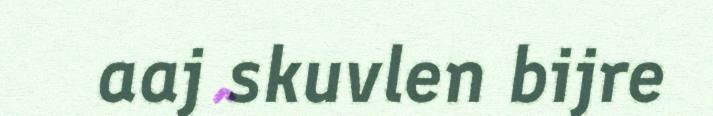
aaj skuvlen bijre